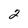
Character: 2